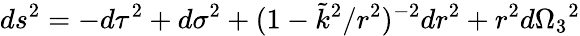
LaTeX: ds^{2}=-d\tau^{2}+d\sigma^{2}+(1-\tilde{k}^{2}/r^{2})^{-2}dr^{2}+r^{2}d\Omega_{3}{}^{2}